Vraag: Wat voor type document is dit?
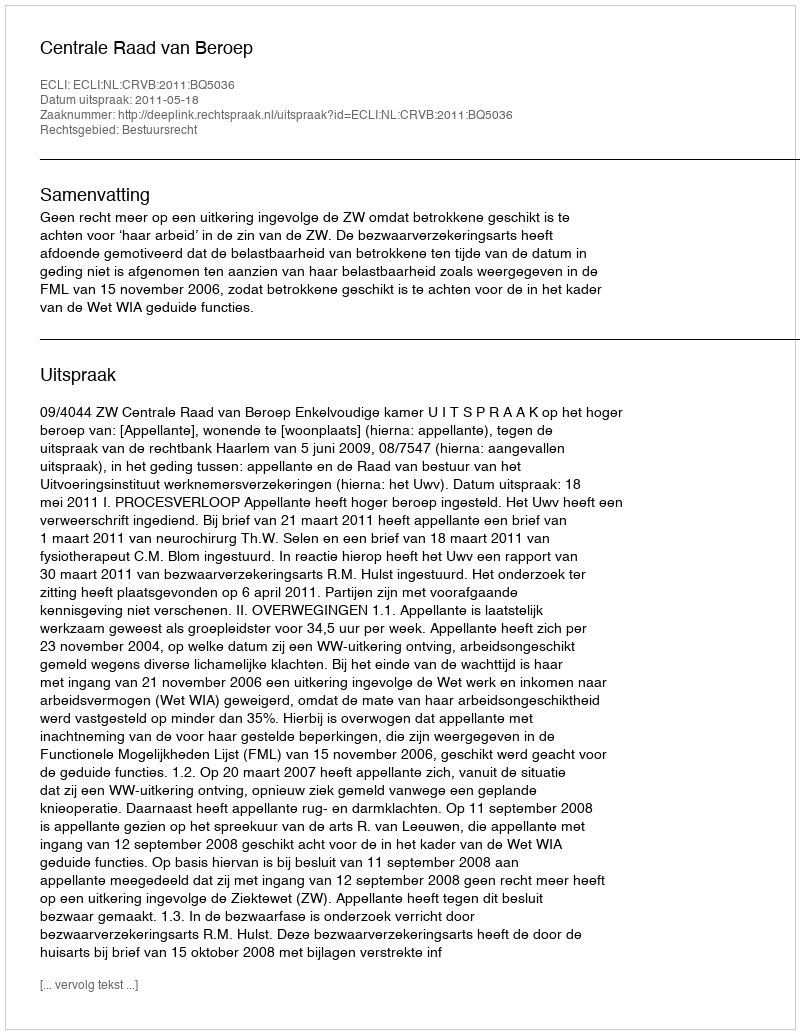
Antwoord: Uitspraak